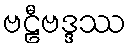
ဗဠီဗဒ္ဒဿ